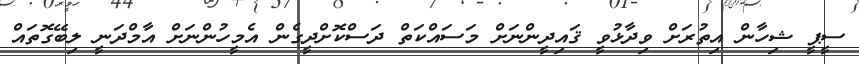
ސީޕީ ޝިހާން އިތުރަށް ވިދާޅުވީ ޤައިދީންނަށް މަސައްކަތް ދަސްކޮށްދީގެން އެމީހުންނަށް އާމްދަނީ ލިބޭގޮތައް